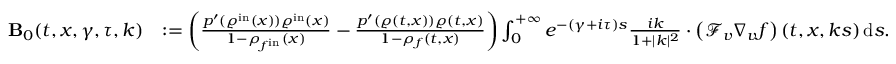
\begin{array} { r l } { \mathbf { B } _ { 0 } ( t , x , \gamma , \tau , k ) } & { : = \left( \frac { p ^ { \prime } ( \varrho ^ { \mathrm { i n } } ( x ) ) \varrho ^ { \mathrm { i n } } ( x ) } { 1 - \rho _ { f ^ { \mathrm { i n } } } ( x ) } - \frac { p ^ { \prime } ( \varrho ( t , x ) ) \varrho ( t , x ) } { 1 - \rho _ { f } ( t , x ) } \right) \int _ { 0 } ^ { + \infty } e ^ { - ( \gamma + i \tau ) s } \frac { i k } { 1 + \vert k \vert ^ { 2 } } \cdot \left( \mathcal { F } _ { v } \nabla _ { v } f \right) ( t , x , k s ) \, \mathrm { d } s . } \end{array}